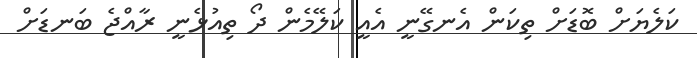
ކަލެޔަށް ބޮޑަށް ތިކަން އެނގޭނީ އެއީ ކަލޭމެން ދޯ ތިއުޅެނީ ރާއްޖެ ބަނޑަށް